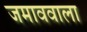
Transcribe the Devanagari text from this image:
जमाववाला